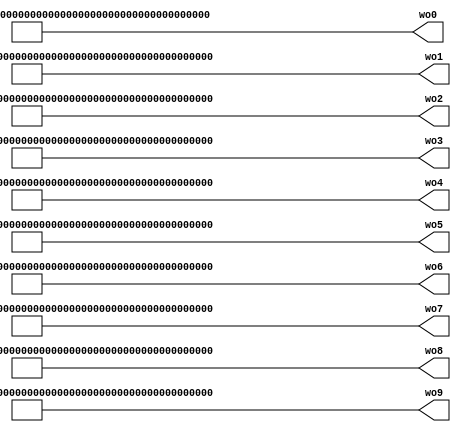
module wo_mem(
    wo0, wo1, wo2, wo3, wo4, wo5, wo6, wo7, wo8, wo9
);
    output [239 : 0] wo0, wo1, wo2, wo3, wo4, wo5, wo6, wo7, wo8, wo9;

    assign wo0 = 240'b00001100_10111010_10001010_10001101_10001010_10010000_10010000_00010001_00000001_00101111_00011101_00001100_00011001_10001011_00011101_10100011_10010111_10011110_10000001_00001011_00000011_10100100_10100111_10001110_00010101_00010000_00001101_10010101_00110110_10011001;
    assign wo1 = 240'b00110110_10100000_10000110_10001000_00000101_10001101_00000100_10000100_00011100_10100111_00010001_00100110_00001100_10101010_00011100_10001001_00111111_10100110_10101100_10010010_10000101_00000110_00101000_00001111_10011110_00011100_00001000_00001100_00011010_10000100;
    assign wo2 = 240'b10001101_10101000_10011111_00010111_10100101_00101000_10011010_00011111_10011110_00100010_00100100_00011101_00000110_00110101_10010001_10100110_10001110_00001011_10101101_10110110_00000100_10000011_10000111_10100101_10110010_10011000_10100010_00011110_10010010_10011110;
    assign wo3 = 240'b10111000_11011000_00000101_10001001_11001011_00001101_10101001_11001100_00000110_10100100_10101000_00001101_00000001_10101010_00011000_00111000_10100101_00100010_00000011_11001011_00011100_00000110_10000011_10000101_00010010_00001011_00000101_00011000_10000001_00001011;
    assign wo4 = 240'b10001101_00000011_10011001_00010001_00000100_10011010_10111011_10010000_10010001_01011010_10100011_11001100_01111010_10101110_00001101_10000101_00000011_10101101_10011011_00010001_10001101_10010011_00001001_10010100_10011100_10000110_10000111_00000100_10001000_10000010;
    assign wo5 = 240'b10111100_10010100_00000011_00100110_00110010_10100110_01010101_11100110_10000010_10101001_10010001_10011001_10101001_10000100_00001101_10111010_00010010_00001001_00110100_10011001_10010111_00111110_10000001_10011110_10111001_00101011_10011001_10000011_00001011_10000110;
    assign wo6 = 240'b00100001_10001000_00000110_10010111_00000001_00000001_00010101_00001010_00010000_10011101_10000100_00001110_10110100_00000111_10001011_10010001_10000011_00001111_00110110_00100110_00001011_00100011_00001101_00001100_00110000_00001110_00010111_10010101_10110001_10010011;
    assign wo7 = 240'b00010010_01110100_00101110_01010101_00100000_00001000_10000100_00101011_10011111_00000110_10101110_10011101_10110010_00000110_00001000_00010001_00001011_00001100_10000110_00010110_00000001_10010011_00010000_00011000_01000000_00010101_00000011_10011001_10000001_00000000;
    assign wo8 = 240'b10010101_11111111_10000011_10101010_00111111_10000010_10011011_00000010_10101010_00011011_10111011_10010111_10001011_00000001_10111110_10110001_10110110_10100001_10100000_00000001_10001000_10110000_10011001_00100110_10100011_10110110_10010010_10011111_10100011_00011110;
    assign wo9 = 240'b10101101_01111111_11101110_10101011_10101111_00001110_10011101_10111000_00010010_11111111_00001000_00001100_11110000_11010000_00001000_10000001_10011010_10010100_00010101_00001101_00000011_00100010_00010111_00001100_11011111_10001001_00001100_00001011_10001011_00000011;

endmodule